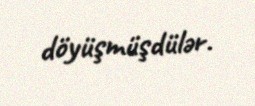
döyüşmüşdülər.